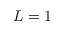
L = 1